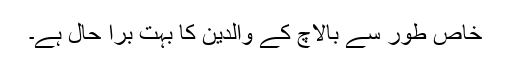
خاص طور سے بالاچ کے والدین کا بہت برا حال ہے۔